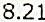
8.21